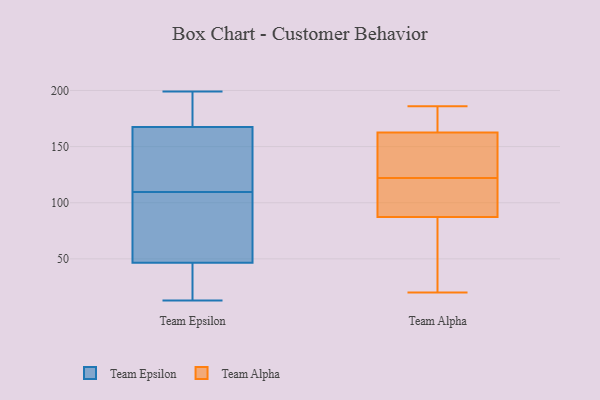
{"axis": {"x": "Market Share (%)", "y": "Value"}, "legend": ["Team Alpha", "Team Epsilon"], "data": [{"x": "", "y": 70, "type": "Team Epsilon"}, {"x": "", "y": 131, "type": "Team Epsilon"}, {"x": "", "y": 199, "type": "Team Epsilon"}, {"x": "", "y": 59, "type": "Team Epsilon"}, {"x": "", "y": 168, "type": "Team Epsilon"}, {"x": "", "y": 101, "type": "Team Epsilon"}, {"x": "", "y": 197, "type": "Team Epsilon"}, {"x": "", "y": 17, "type": "Team Epsilon"}, {"x": "", "y": 125, "type": "Team Epsilon"}, {"x": "", "y": 29, "type": "Team Epsilon"}, {"x": "", "y": 132, "type": "Team Epsilon"}, {"x": "", "y": 13, "type": "Team Epsilon"}, {"x": "", "y": 33, "type": "Team Epsilon"}, {"x": "", "y": 167, "type": "Team Epsilon"}, {"x": "", "y": 189, "type": "Team Epsilon"}, {"x": "", "y": 199, "type": "Team Epsilon"}, {"x": "", "y": 108, "type": "Team Epsilon"}, {"x": "", "y": 34, "type": "Team Epsilon"}, {"x": "", "y": 111, "type": "Team Epsilon"}, {"x": "", "y": 67, "type": "Team Epsilon"}, {"x": "", "y": 182, "type": "Team Alpha"}, {"x": "", "y": 20, "type": "Team Alpha"}, {"x": "", "y": 160, "type": "Team Alpha"}, {"x": "", "y": 171, "type": "Team Alpha"}, {"x": "", "y": 115, "type": "Team Alpha"}, {"x": "", "y": 25, "type": "Team Alpha"}, {"x": "", "y": 122, "type": "Team Alpha"}, {"x": "", "y": 97, "type": "Team Alpha"}, {"x": "", "y": 93, "type": "Team Alpha"}, {"x": "", "y": 170, "type": "Team Alpha"}, {"x": "", "y": 144, "type": "Team Alpha"}, {"x": "", "y": 139, "type": "Team Alpha"}, {"x": "", "y": 135, "type": "Team Alpha"}, {"x": "", "y": 70, "type": "Team Alpha"}, {"x": "", "y": 30, "type": "Team Alpha"}, {"x": "", "y": 112, "type": "Team Alpha"}, {"x": "", "y": 186, "type": "Team Alpha"}]}